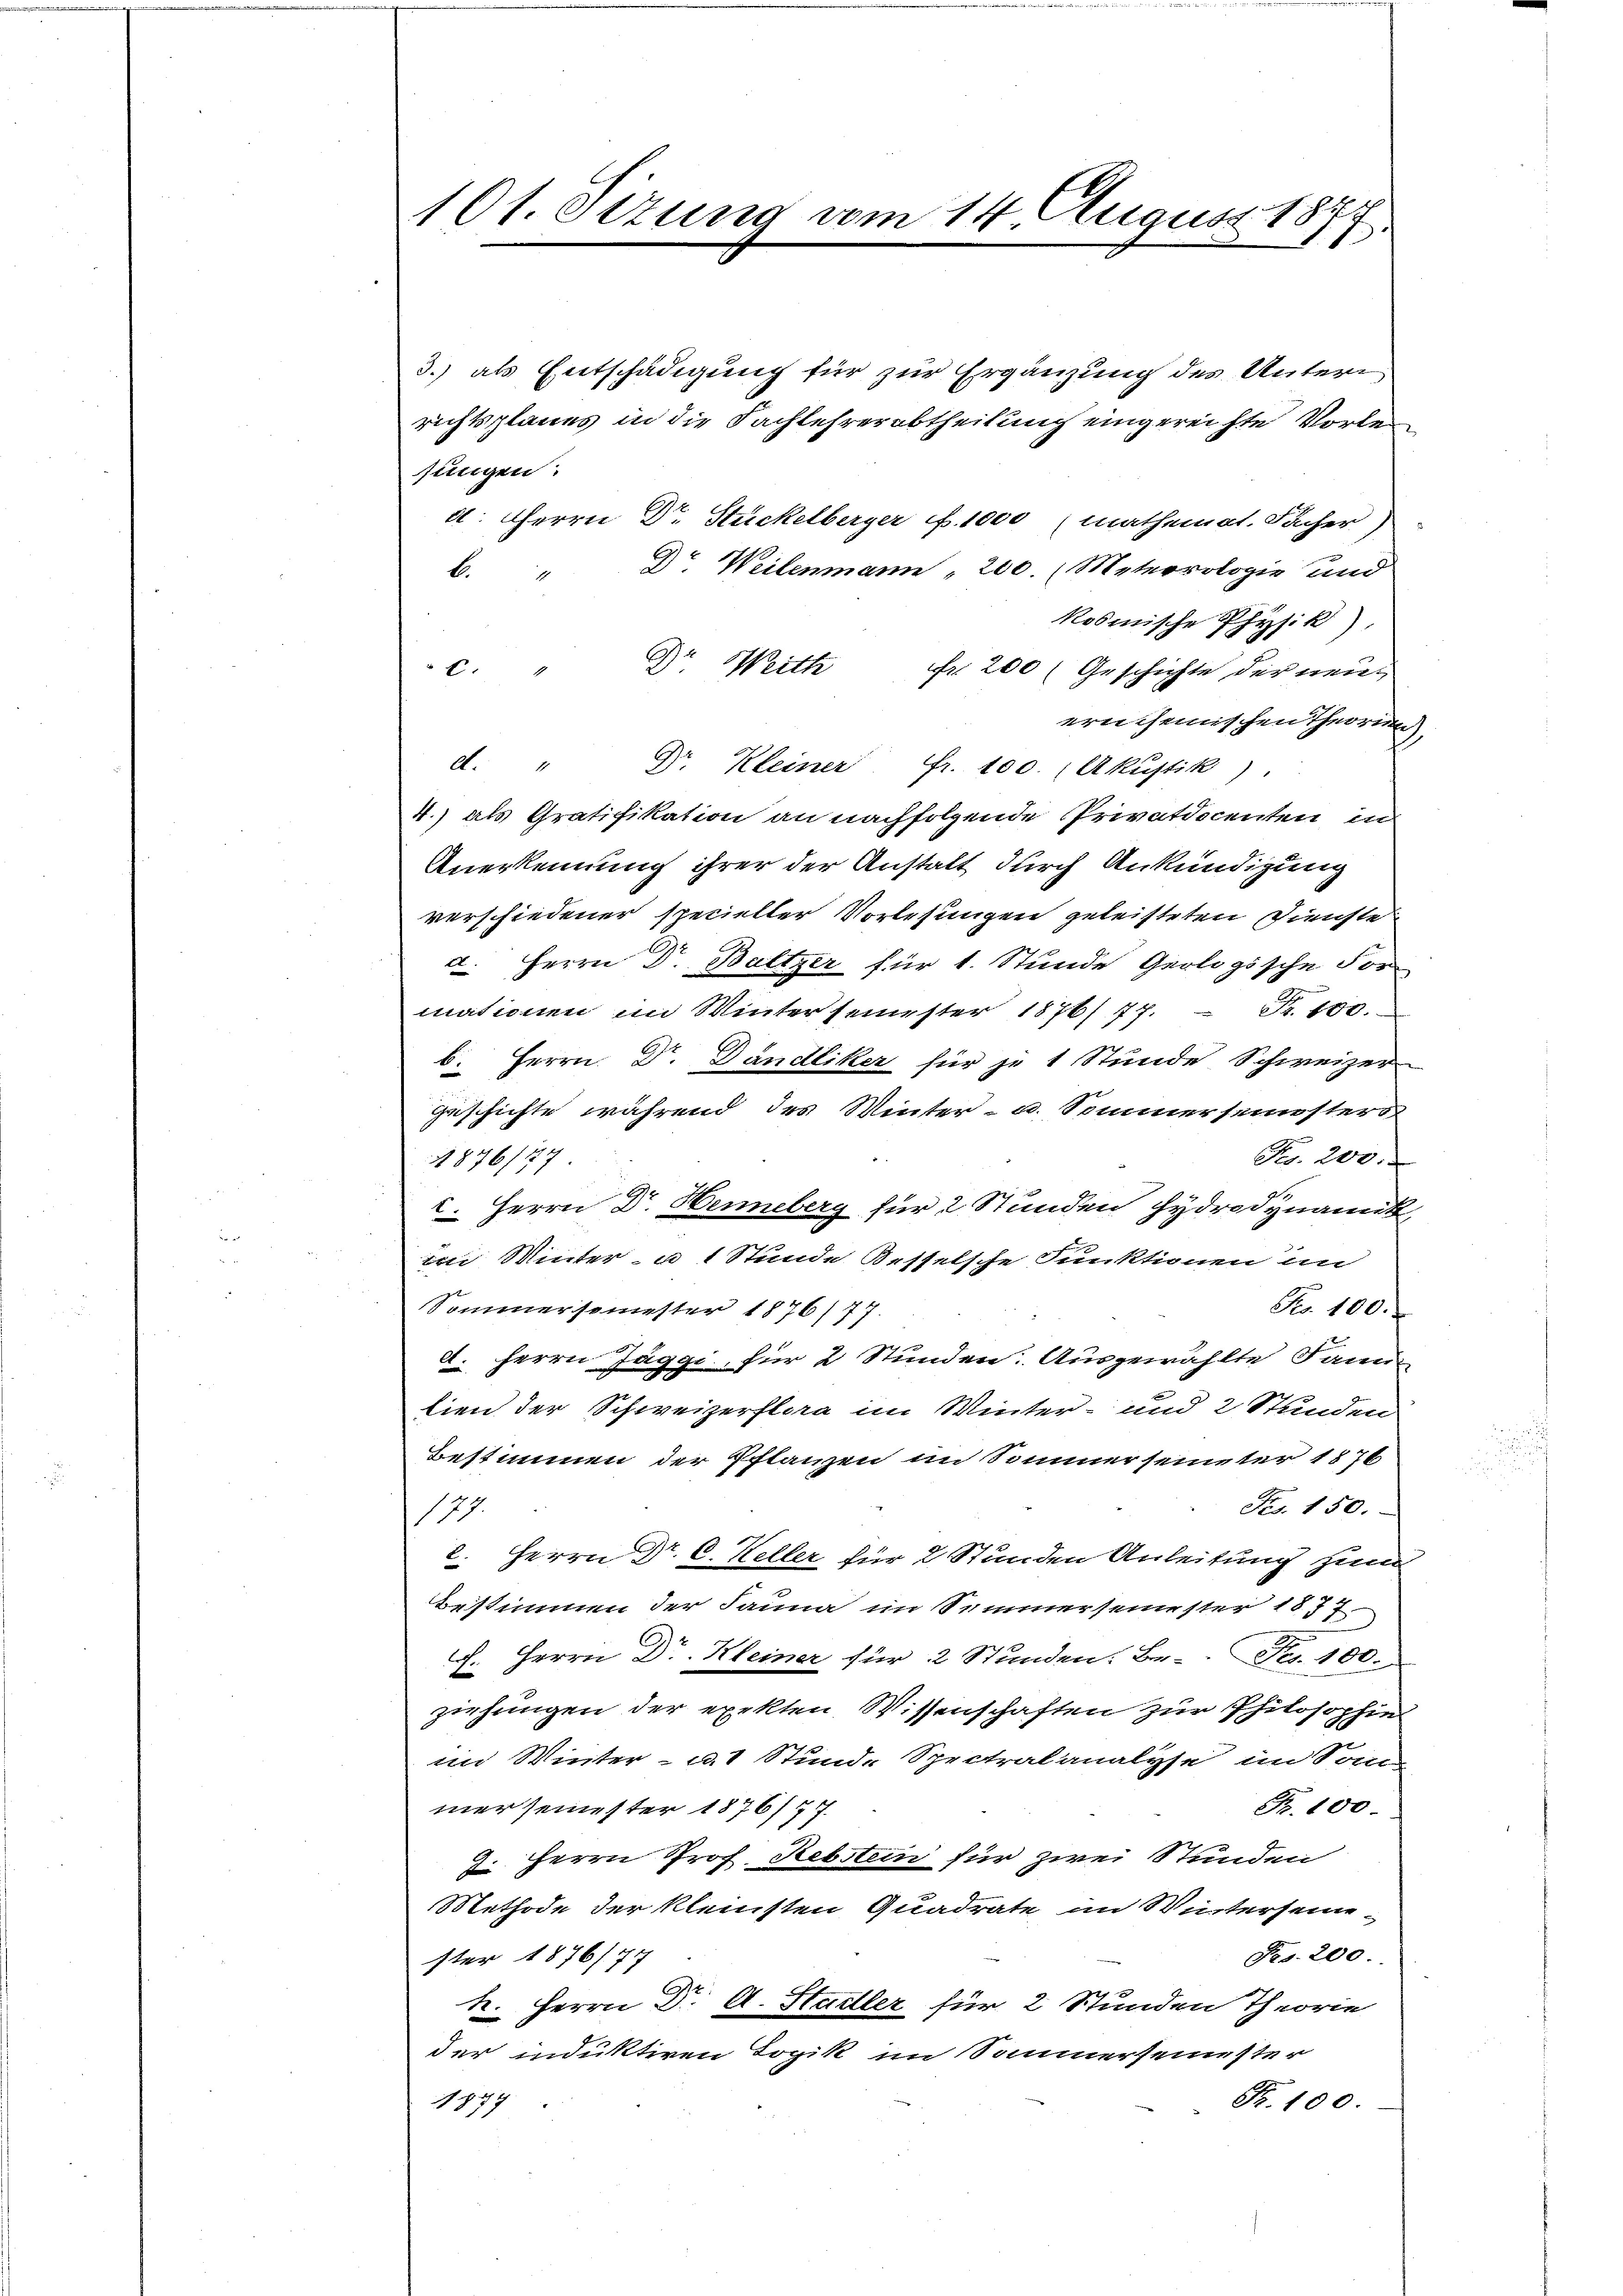
101. Sizung vom 14. August 1877

3.) als Entschädigung für zur Ergänzung des Unteri
richtsplanes in die Fachlehrerabtheilung eingereichte Vorlesungen:
d. Herrn Dr. Stückelberger f. 1000 (mathemat. Fächer)
b. " Dr. Weilenmann 200. Meteorologie und
kosmische Physik)
c. " Dr. Weith Fr. 200 (Geschichte der neu-
ernchemischen Theorie
d. " Dr. Kleiner Fr. 100. (Akustik),
4.) als Gratifikation an nachfolgende Privatdocenten in
Anerkennung ihrer der Anstalt durch Ankündigung
verschiedener specieller Vorlesungen geleisteten Dienste
a. Herrn Dr. Baltzer für 1. Stunde Geologische For
Fr. 100.
mationen im Winter seinester 1876/77.
b. Herrn Dr. Dändliker für je 1 Stunde Schweizer-
Zeschichte während des Winter- u. Sommersemesters
Pr. 200.
876/77
I. Herrn Dr. Henneberg für 2 Stunden Hydrodynamik
 Winter a 1 Stunde Besselsche Funktionen in
No 100.
Sommersemester 1876/77.
d. Herrn Jäggi, für 2 Stunden: Ausgewählte Dann
lien der Schweizerflag im Winter- und 2 Stunden
Bestimmen der Pflanzen im Sommer seineter 1876
Fer. 150.
110
2. Herrn Dr. C. Keller für 2 Stunden Anleitung zum
bestimmen der Sanna im Semmersemester 1877.
h. Herrn Dr. Kleiner für 2 Stunden: Be- Fr. 100.
ziehungen der exekten Wissenschaften zur Philosophie
im Winter - u. 1 Stunde Spretralanalyse, im Sons
mer seinester 1876/77.
Fr. 100.
i Herrn Prof. Rebstein für zwei Stunden
Methode der kleinsten Quadrate im Winterseine-
Fr. 200.
ster 1876/77
k. Herrn Dr. A. Stadler für 2 Stunden Theorie
der induktiven Logik im Sammersemester
Fr. 100.
1877